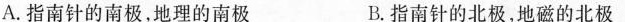
A.指南针的南极，地理的南极 B.指南针的北极，地磁的北极